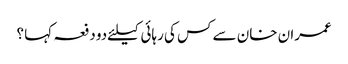
عمران خان سے کس کی رہائی کیلئےدو دفعہ کہا ؟